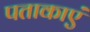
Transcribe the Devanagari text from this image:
पताकाएं